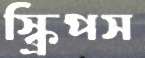
স্ক্রিপস